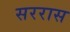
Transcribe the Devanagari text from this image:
सररास